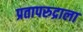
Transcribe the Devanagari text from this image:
प्रतापरुद्राला